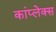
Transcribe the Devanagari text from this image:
कांप्लेक्स